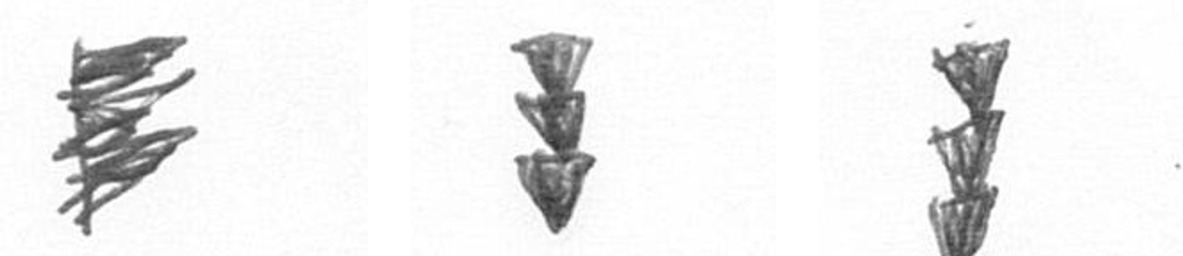
H E E